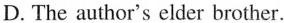
D. The author's elder brother.